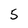
Character: 5